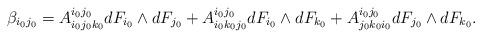
LaTeX: \begin{align*} \beta_{i_0j_0} = A_{i_0j_0k_0}^{i_0j_0}dF_{i_0}\wedge dF_{j_0} + A_{i_0k_0j_0}^{i_0j_0}dF_{i_0}\wedge dF_{k_0} + A_{j_0k_0i_0}^{i_0j_0}dF_{j_0}\wedge dF_{k_0}.\end{align*}